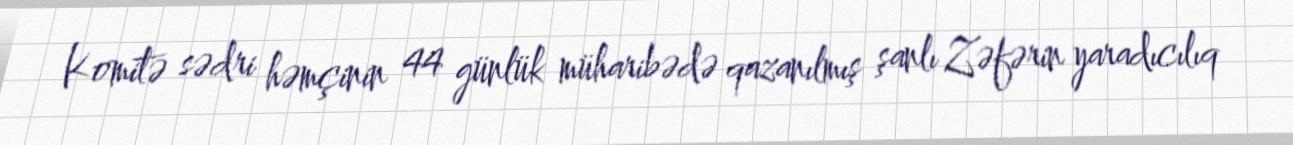
Komitə sədri həmçinin 44 günlük müharibədə qazanılmış şanlı Zəfərin yaradıcılıq